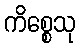
ကိစ္စေသု